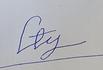
Signature authenticity: forged